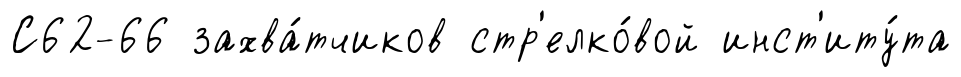
С62-66 захва́тчиков стр'елко́вой инст'иту́та